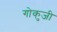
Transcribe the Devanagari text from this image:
गोकुजी